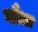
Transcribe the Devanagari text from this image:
चौधा